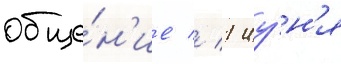
обще́н'ие // 1 иу́н'я